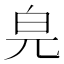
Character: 𤽅